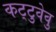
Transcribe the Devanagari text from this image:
कट्‌टुवेवु